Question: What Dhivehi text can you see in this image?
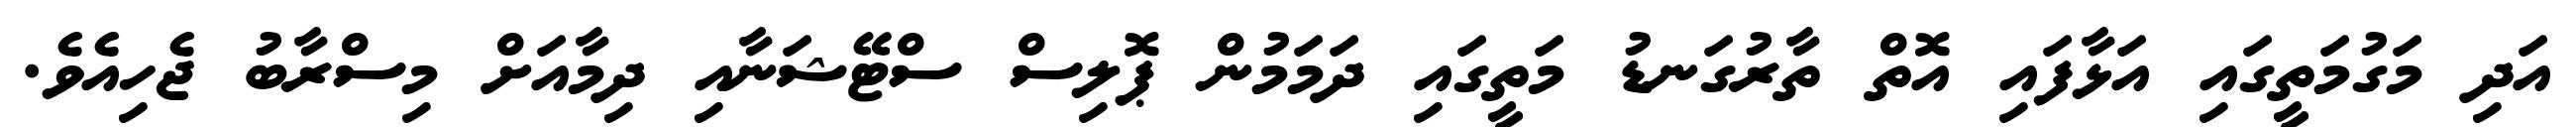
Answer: އަދި މަގުމަތީގައި އަޅާފައި އޮތް ތާރުގަނޑު މަތީގައި ދަމަމުން ޕޮލިސް ސްޓޭޝަނާއި ދިމާއަށް މިސްރާބު ޖެހިއެވެ.